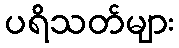
ပရိသတ်များ